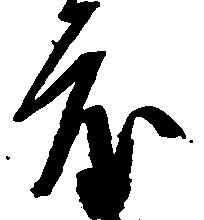
度